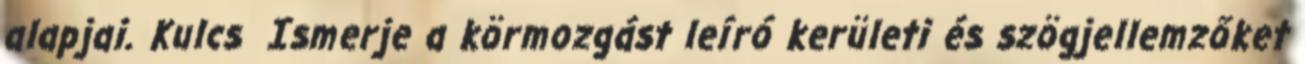
alapjai. Kulcs Ismerje a körmozgást leíró kerületi és szögjellemzőket